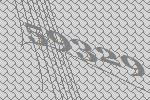
59329